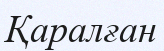
Қаралған